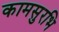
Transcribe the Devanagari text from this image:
कामसुरभि